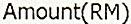
AMOUNT(RM)